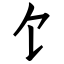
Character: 饣